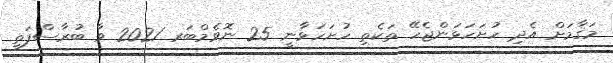
މަޤާމަށް އެދި ހުށަހަޅަންޖެހޭ ތަކެތި ހުށަހަޅާނީ 25 ނޮވެމްބަރ 2021 ވާ ބުރާސްފަތި